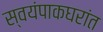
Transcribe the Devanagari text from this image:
स्वयंपाकघरांत